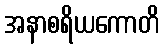
အနာစရိယကောတိ